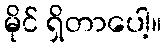
မိုင် ရှိတာပေါ့။